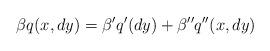
LaTeX: \begin{align*}\beta q(x,dy)=\beta' q'(dy)+\beta '' q''(x,dy)\end{align*}